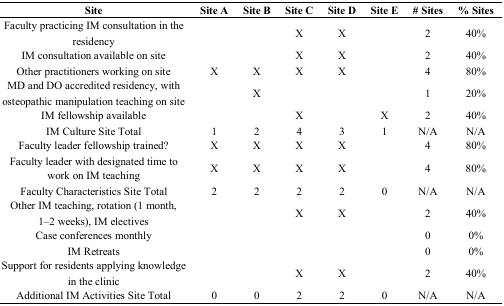
<table><thead><tr><td><b>Site</b></td><td><b>Site A</b></td><td><b>Site B</b></td><td><b>Site C</b></td><td><b>Site D</b></td><td><b>Site E</b></td><td><b># Sites</b></td><td><b>% Sites</b></td></tr></thead><tbody><tr><td>Faculty practicing IM consultation in the residency</td><td></td><td></td><td>X</td><td>X</td><td></td><td>2</td><td>40%</td></tr><tr><td>IM consultation available on site</td><td></td><td></td><td>X</td><td>X</td><td></td><td>2</td><td>40%</td></tr><tr><td>Other practitioners working on site</td><td>X</td><td>X</td><td>X</td><td>X</td><td></td><td>4</td><td>80%</td></tr><tr><td>MD and DO accredited residency, with osteopathic manipulation teaching on site</td><td></td><td>X</td><td></td><td></td><td></td><td>1</td><td>20%</td></tr><tr><td>IM fellowship available</td><td></td><td></td><td>X</td><td></td><td>X</td><td>2</td><td>40%</td></tr><tr><td>IM Culture Site Total</td><td>1</td><td>2</td><td>4</td><td>3</td><td>1</td><td>N/A</td><td>N/A</td></tr><tr><td>Faculty leader fellowship trained?</td><td>X</td><td>X</td><td>X</td><td>X</td><td></td><td>4</td><td>80%</td></tr><tr><td>Faculty leader with designated time to work on IM teaching</td><td>X</td><td>X</td><td>X</td><td>X</td><td></td><td>4</td><td>80%</td></tr><tr><td>Faculty Characteristics Site Total</td><td>2</td><td>2</td><td>2</td><td>2</td><td>0</td><td>N/A</td><td>N/A</td></tr><tr><td>Other IM teaching, rotation (1 month, 1–2 weeks), IM electives</td><td></td><td></td><td>X</td><td>X</td><td></td><td>2</td><td>40%</td></tr><tr><td>Case conferences monthly</td><td></td><td></td><td></td><td></td><td></td><td>0</td><td>0%</td></tr><tr><td>IM Retreats</td><td></td><td></td><td></td><td></td><td></td><td>0</td><td>0%</td></tr><tr><td>Support for residents applying knowledge in the clinic</td><td></td><td></td><td>X</td><td>X</td><td></td><td>2</td><td>40%</td></tr><tr><td>Additional IM Activities Site Total</td><td>0</td><td>0</td><td>2</td><td>2</td><td>0</td><td>N/A</td><td>N/A</td></tr></tbody></table>